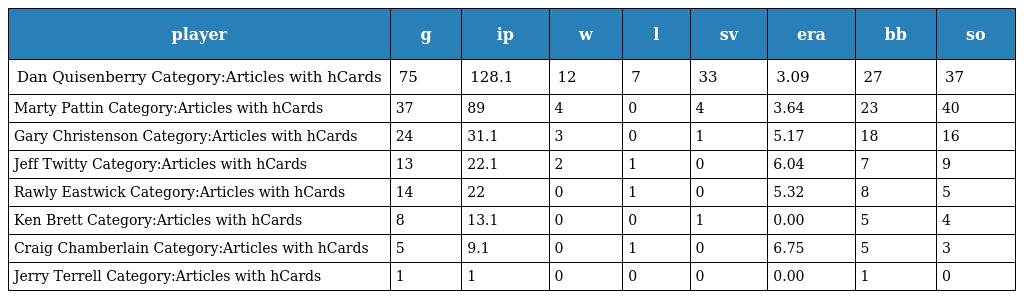
| player | g | ip | w | l | sv | era | bb | so |
 | --- | --- | --- | --- | --- | --- | --- | --- | --- |
 | Dan Quisenberry Category:Articles with hCards | 75 | 128.1 | 12 | 7 | 33 | 3.09 | 27 | 37 |
 | Marty Pattin Category:Articles with hCards | 37 | 89 | 4 | 0 | 4 | 3.64 | 23 | 40 |
 | Gary Christenson Category:Articles with hCards | 24 | 31.1 | 3 | 0 | 1 | 5.17 | 18 | 16 |
 | Jeff Twitty Category:Articles with hCards | 13 | 22.1 | 2 | 1 | 0 | 6.04 | 7 | 9 |
 | Rawly Eastwick Category:Articles with hCards | 14 | 22 | 0 | 1 | 0 | 5.32 | 8 | 5 |
 | Ken Brett Category:Articles with hCards | 8 | 13.1 | 0 | 0 | 1 | 0.00 | 5 | 4 |
 | Craig Chamberlain Category:Articles with hCards | 5 | 9.1 | 0 | 1 | 0 | 6.75 | 5 | 3 |
 | Jerry Terrell Category:Articles with hCards | 1 | 1 | 0 | 0 | 0 | 0.00 | 1 | 0 |